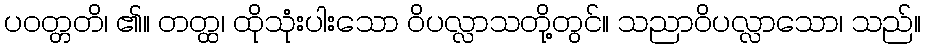
ပဝတ္တတိ၊ ၏။ တတ္ထ၊ ထိုသုံးပါးသော ဝိပလ္လာသတို့တွင်။ သညာဝိပလ္လာသော၊ သည်။